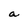
Character: a